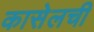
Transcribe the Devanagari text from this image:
कासेलची